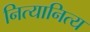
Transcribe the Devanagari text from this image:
नित्यानित्य